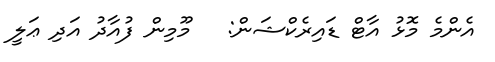
އެންމެ މޮޅު އާޓް ޑައިރެކްޝަން:   މޫމިން ފުއާދު އަދި ޢަލީ